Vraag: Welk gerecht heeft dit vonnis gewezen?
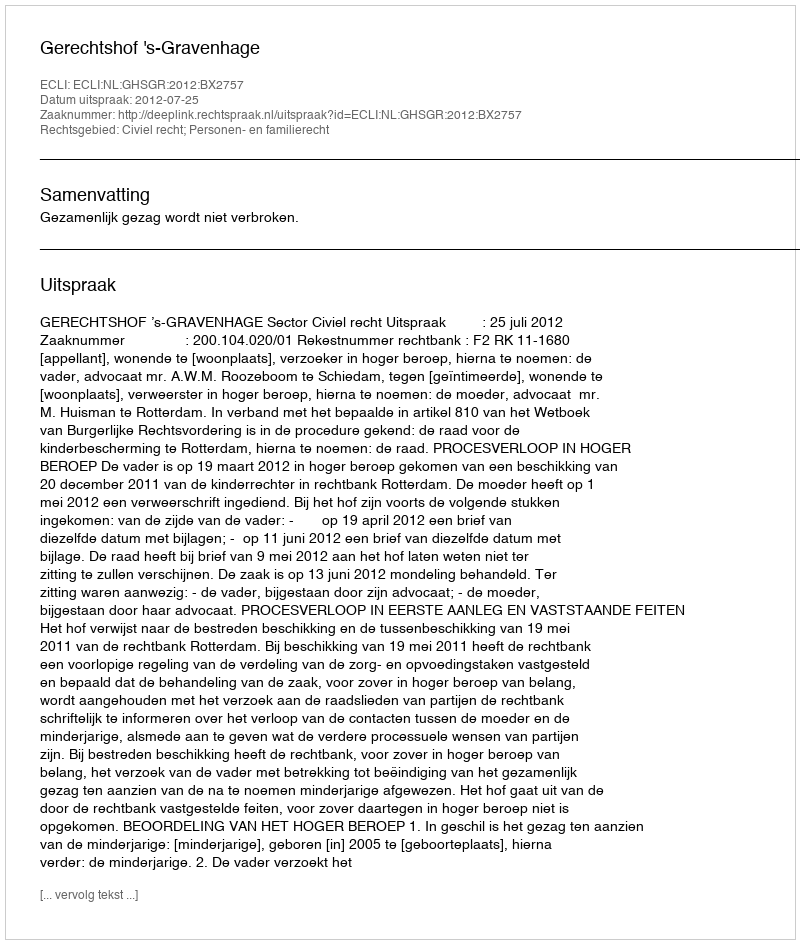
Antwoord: Gerechtshof 's-Gravenhage